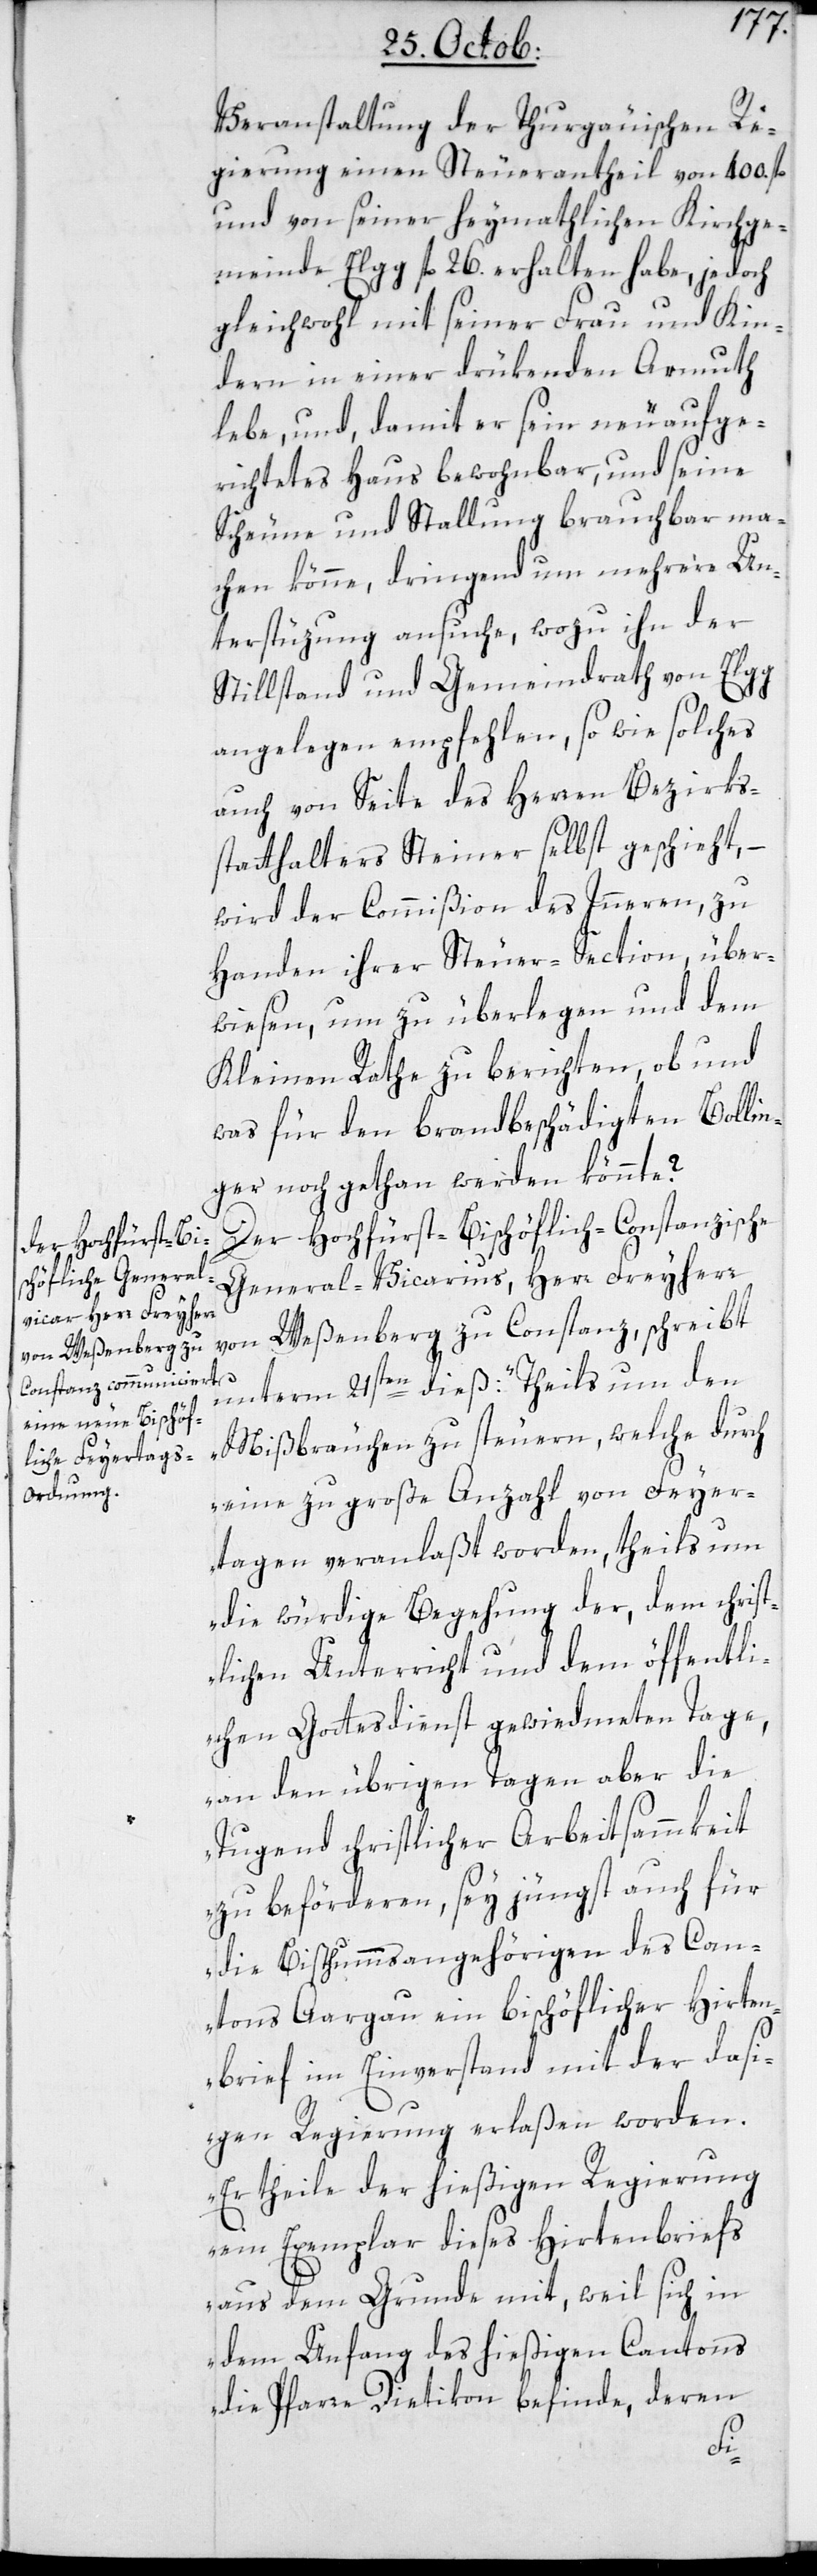
Veranstaltung der Thurgauischen Re¬
gierung einen Steuerantheil von 400. fl.
und von seiner heymathlichen Kirchge¬
meinde Elgg fl. 26. erhalten habe, jedoch
gleichwohl mit seiner Frau und Kin¬
dern in einer drükenden Armuth
lebe, und, damit er sein neu aufge¬
richtetes Haus bewohnbar, und seine
Scheune und Stallung brauchbar ma¬
chen könne, dringend um mehrere Un¬
terstützung ansuche, wozu ihn der
Stillstand und Gemeindrath von Elgg
angelegen empfehlen, so wie solches
auch von Seite des Herren Bezirks¬
statthalters Steiner selbst geschieht, –
wird der Commißion des Innern, zu
Handen ihrer Steuer-Section über¬
wiesen, um zu überlegen und dem
Kleinen Rathe zu berichten, ob und
was für den brandbeschädigten Bollin¬
ger noch gethan werden könnte?
Der Hochfürstlich-Bischöflich-Constanzische
General-Vicarius, Herr Freyherr
von Weßenberg zu Konstanz, schreibt
unterm 21sten dieß: „Theils um den
Mißbräuchen zu steuern, welche durch
eine zu große Anzahl von Feyer¬
tagen veranlaßt worden, theils um
die würdige Begehung der, dem christ¬
lichen Unterricht und dem öffentli¬
chen Gottesdienst gewidmeten Tage,
an den übrigen Tagen aber die
Tugend christlicher Arbeitsammkeit
zu beförderen, sey jüngst auch für
die Bistummsangehörigen des Can¬
tons Aargau ein bischöflicher Hirten¬
brief im Einverstand mit der dasi¬
gen Regierung erlaßen worden.
Er theile der hießigen Regierung
ein Exemplar dieses Hirtenbriefs
aus dem Grunde mit, weil sich in
dem Anfang des hießigen Cantons
die Pfarre Dietikon befinde, deren